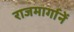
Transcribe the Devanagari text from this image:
राजमार्गानें